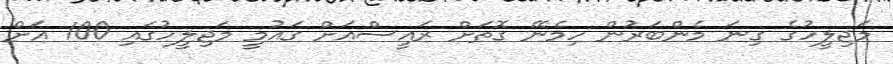
މަޖިލީހުގެ ގިނަ މެންބަރުން ހިމެނޭ ގޮތަށް ރައީސްއަށް ގައުމީ މަޖިލީހުގައި 100 އަށް